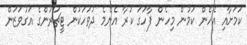
ކަމަށާއި އެހެން ކަމުން މިހެން ފާހަގަ ކުރާ އެންމެ ދުވަހަކުން ޓީޗަރުންގެ އަގުވަޒަން